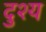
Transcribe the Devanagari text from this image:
दुश्‍य